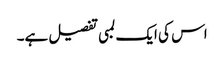
اس کی ایک لمبی تفصیل ہے۔